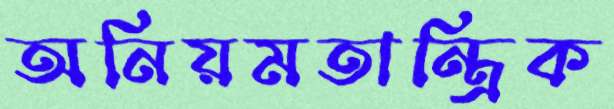
অনিয়মতান্ত্রিক